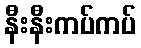
နီးနီးကပ်ကပ်